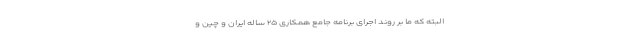
البته که ما بر روند اجرای برنامه جامع همکاری ۲۵ ساله ایران و چین و